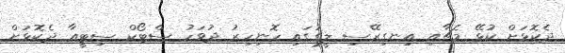
ދެކޮޅަށް ކުޅޭ މެޗާއި އިނގިރޭސި ލީގުގައި ހޮނިހިރު ދުވަހު ސްޓޯކް ސިޓީއާ ދެކޮޅަށް